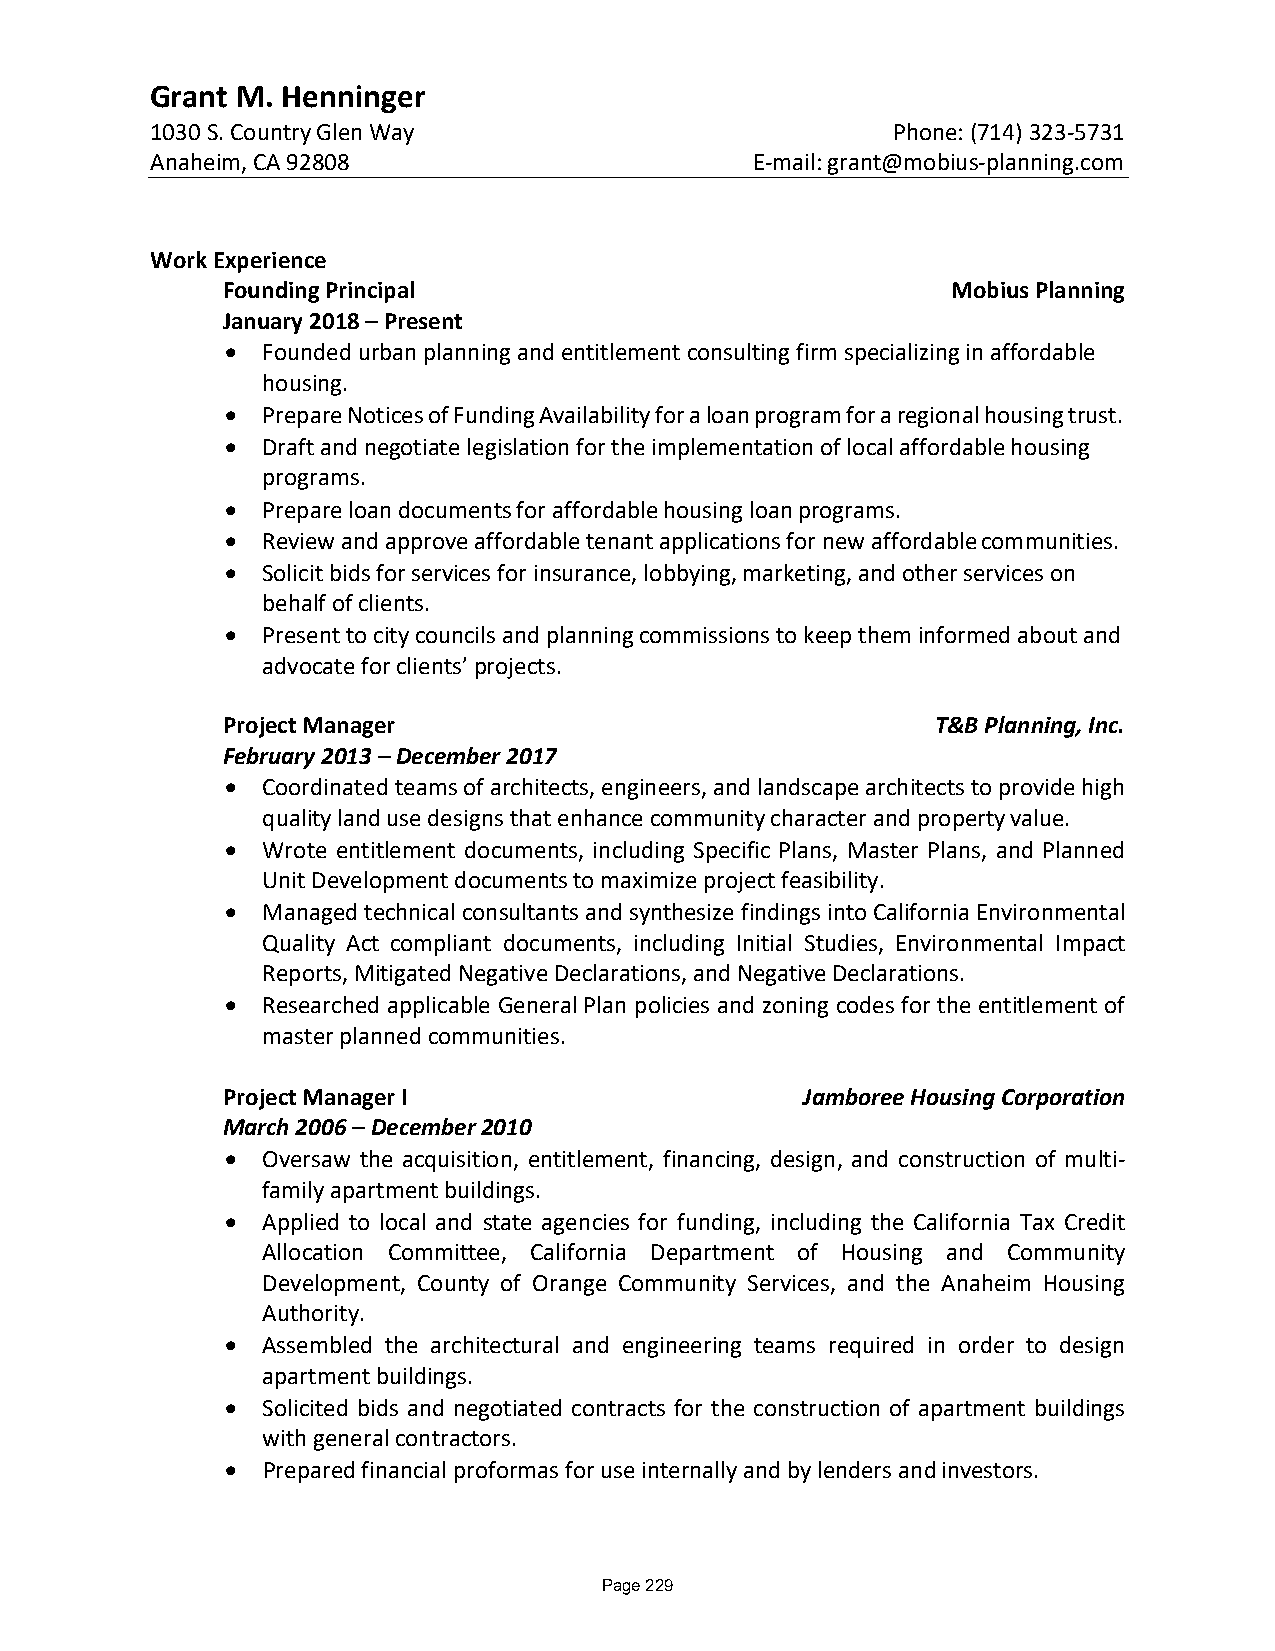
Grant M. Henninger
 1030 S. Country Glen Way                         Phone: (714) 323-5731
 Anaheim, CA 92808                       E-mail: grant@mobius-planning.com
 Work Experience
 Founding Principal                              Mobius Planning
 January 2018 – Present
 • Founded urban planning and entitlement consulting firm specializing in affordable
 housing.
 • Prepare Notices of Funding Availability for a loan program for a regional housing trust.
 • Draft and negotiate legislation for the implementation of local affordable housing
 programs.
 • Prepare loan documents for affordable housing loan programs.
 • Review and approve affordable tenant applications for new affordable communities.
 • Solicit bids for services for insurance, lobbying, marketing, and other services on
 behalf of clients.
 • Present to city councils and planning commissions to keep them informed about and
 advocate for clients’ projects.
 Project Manager                                T&B Planning, Inc.
 February 2013 – December 2017
 • Coordinated teams of architects, engineers, and landscape architects to provide high
 quality land use designs that enhance community character and property value.
 • Wrote entitlement documents, including Specific Plans, Master Plans, and Planned
 Unit Development documents to maximize project feasibility.
 • Managed technical consultants and synthesize findings into California Environmental
 Quality Act compliant documents, including Initial Studies, Environmental Impact
 Reports, Mitigated Negative Declarations, and Negative Declarations.
 • Researched applicable General Plan policies and zoning codes for the entitlement of
 master planned communities.
 Project Manager I                     Jamboree Housing Corporation
 March 2006 – December 2010
 • Oversaw the acquisition, entitlement, financing, design, and construction of multi-
 family apartment buildings.
 • Applied to local and state agencies for funding, including the California Tax Credit
 Allocation Committee, California Department of Housing and Community
 Development, County of Orange Community Services, and the Anaheim Housing
 Authority.
 • Assembled the architectural and engineering teams required in order to design
 apartment buildings.
 • Solicited bids and negotiated contracts for the construction of apartment buildings
 with general contractors.
 • Prepared financial proformas for use internally and by lenders and investors.
 Page 229